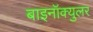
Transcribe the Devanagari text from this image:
बाइनॉक्युलर